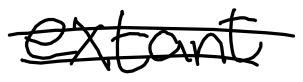
Text: extant
Cross-out: double-line
Writing tool: digital_black